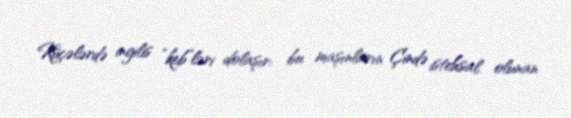
Küçələrdə ingilis “keb”ləri dolaşır: bu maşınların Çində istehsal olunan